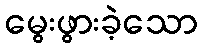
မွေးဖွားခဲ့သော